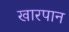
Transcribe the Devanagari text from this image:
खारपान